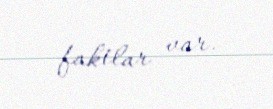
faktlar var.